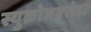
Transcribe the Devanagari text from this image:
स्युक्रोजबरोबर